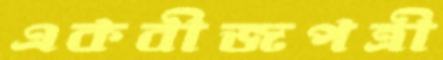
একবীজপত্রী